Report on sanitation, dispensaries, and jails in Rajputana for 1916, and on vaccination for the year 1916-1917 - 1916-1917
Year: 1916
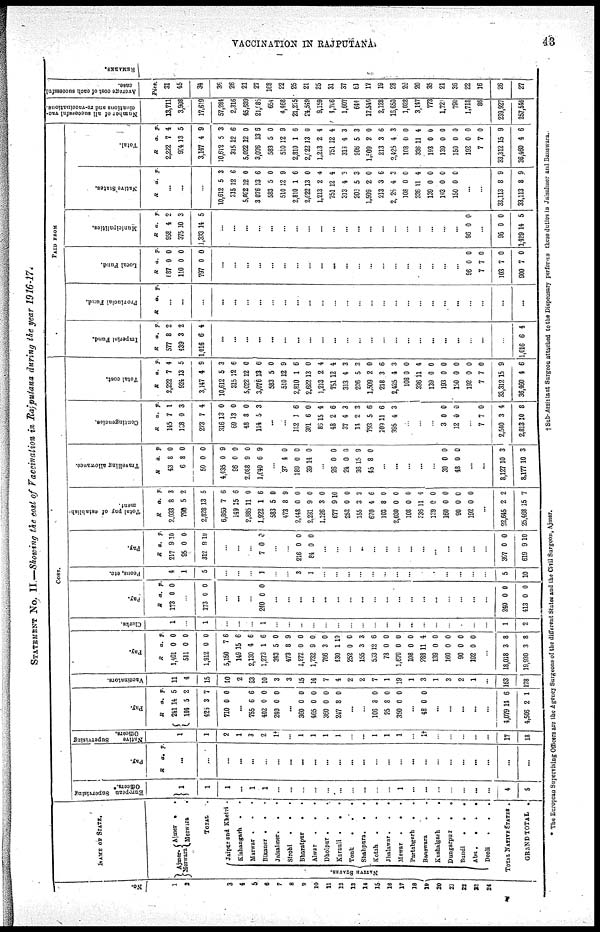
VACCINATION IN RAJPUTANA.
43
STATEMENT No. II.—Showing the cost of Vaccination in Rajputana during the year 1916-17.
No.
1
2
3
4
5
6
7
8
9
10
11
12
13
14
15
16
17
18
19
20
21
22
23
24
NAME OF STATE.
Ajmer¬
Merwara
Ajmer . .
Merwara.
TOTAL.
NATIVE STAES.
Jaipur and Khetri .
Kishangarh . .
Marwar . . .
Bikaner . . .
Jaisalmer .
. .
Sirohi . . .
Bharatpur . . .
Alwar. . .
Dholpur . . .
Karauli
.
.
.
Tonk . . .
Shahpura . . .
Katah . . .
Jhlawar . . .
Mowar . . .
Partabgarh . . .
Banawra . . .
Kushalgarh . . .
Dungarpur . . .
Bundi
.
.
.
Abu . . .
Deoli . . .
TOTAL NATIVE STATES.
GRAND TOTAL.
COST.
European Supervising
Officers.*
1
1
1
...
1
1
...
...
...
...
...
...
...
...
...
...
1
...
...
...
...
...
...
...
4
5
Pay.
R a. p.
...
...
...
...
...
...
...
...
...
...
...
...
...
...
...
...
...
...
...
...
...
...
...
...
...
...
Native
Supervising
Officers.
1
1
2
1
3
2
1†
...
1
1
1
1
...
...
1
1
1
...
1†
...
...
...
...
...
17
18
Pay.
R
241
184
425
710
a.
14
5
3
0
p.
5
2
0
...
755
402
240
6
0
0
6
0
0
...
360
465
360
247
0
0
0
8
0
0
0
0
...
...
106
25
350
8
8
0
0
0
0
...
43 0 0
...
...
...
...
..
4,079
4,506
14
2
6
1
Vaccinators.
11
4
15
40
2
23
10
3
3
15
14
7
4
2
2
7
1
19
1
3
1
3
2
1
...
163
178
Pay.
R
1,401
511
1,912
5,150
149
2,130
1,273
343
473
1,672
1,732
766
430
252
155
533
73
1,670
108
288
139
160
90
192
a.
0
0
0
7
15
4
1
5
8
0
9
3
1
0
3
12
0
0
0
11
0
0
0
0
p.
0
0
0
6
6
6
6
0
9
0
0
0
10
0
3
6
0
0
0
4
0
0
0
0
...
18,018
19,930
3
3
8
8
Clerks.
1
...
1
...
...
...
1
...
...
...
...
...
...
...
...
...
...
...
...
...
...
...
...
...
...
1
2
Pay.
R
173
a.
0
p.
0
173 0 0
...
...
...
240 0 0
...
..
...
...
...
...
...
...
...
...
...
...
...
...
...
...
...
...
240
413
0
0
0
0
Poons, etc.
4
1
5
...
...
...
1
...
...
3
1
...
...
...
...
...
...
...
...
...
...
...
...
...
...
5
10
Pay.
R
217
95
312
a.
9
0
9
p.
10
0
10
...
...
...
7 0 0
...
...
216
84
0
0
0
0
...
...
...
...
...
...
...
...
...
...
...
...
...
...
307
619
0
9
0
10
Total pay
of establish-
ment.
R
2,033
790
2,828
6,860
149
2,885
1.922
583
473
2,448
2,281
1,126
677
252
155
670
103
2,030
108
336
139
160
90
192
...
22,645
25,468
a.
8
5
13
7
15
11
1
5
8
0
9
3
91
0
3
4
8
0
0
11
0
0
0
0
2
15
p.
3
2
5
6
6
0
6
0
9
0
0
0
0
0
3
6
0
0
0
4
0
0
0
0
2
7
Travelling allowance.
R
43
6
50
4,435
96
2,088
1,040
a.
8
8
0
0
0
9
6
p.
0
0
0
9
0
0
9
...
37
180
39
4
0
14
0
0
0
...
26
24
36
45
0
0
15
8
0
0
9
0
...
...
...
...
...
30
48
...
0
0
0
0
...
8,127
8,177
10
10
3
3
Contingencies.
R
145
128
273
316
69
48
114
a.
7
0
7
13
13
8
9
p.
1
3
4
0
0
0
3
...
...
182
301
86
48
37
14
793
109
395
1
6
15
2
4
2
5
11
4
6
0
4
6
3
3
6
6
3
...
...
...
3
12
7
2,540
2,813
0
0
7
3
10
0
0
0
4
8
Total cost.
R
2,222
924
3,147
10,612
315
5,022
3,076
583
510
2,810
2,622
1,213
751
313
206
1,509
218
2,425
108
336
139
193
150
192
7
33,312
36,460
a.
7
13
4
5
12
12
13
5
12
1
13
2
12
4
5
2
3
4
0
11
0
0
0
0
7
15
4
p.
4
5
9
3
6
0
6
0
9
6
0
4
4
3
3
0
6
3
0
4
0
0
0
0
0
9
6
PAID FROM
Imperial Fund.
R
577
439
1,016
a.
8
3
6
p.
2
2
4
...
...
...
...
...
...
...
...
...
...
...
...
...
...
...
...
...
...
...
...
...
...
...
1,016 6 4
Provincial Fund.
R
a. p.
...
...
...
...
...
...
...
...
...
...
...
...
...
...
...
...
...
...
...
...
...
...
...
...
...
...
...
Local Fund.
R
187
110
797
a.
0
0
0
p.
0
0
0
...
...
...
...
...
...
...
...
...
...
...
...
...
...
...
...
...
...
...
...
96
7
103
900
0
7
7
7
0
0
0
0
Municipalities.
R
958
375
1,333
a.
4
10
14
p.
2
3
5
...
...
...
...
...
...
...
...
...
...
...
...
...
...
...
...
...
...
...
...
96 0 0
...
96
1,429
0
14
0
5
Native States.
R
a. p.
...
...
...
10,612
315
5,022
3,076
583
510
2,810
2,622
1,213
751
313
203
1,509
213
2, 25
108
336
139
193
150
5
12
12
13
5
12
1
13
2
12
4
5
2
3
4
0
11
0
0
0
3
6
0
6
0
9
6
0
4
4
3
3
0
6
3
0
4
0
0
0
...
...
33,113
33,113
8
8
9
9
Total.
R
2,222
974
3,147
10,613
315
5,022
3,076
583
510
2,810
2,622
1,213
751
313
206
1,509
213
2,425
108
336
193
139
150
192
7
33,312
36,460
a.
7
13
4
5
12
12
13
5
12
1
13
2
12
4
5
2
3
4
0
11
0
0
0
0
7
15
4
p.
4
5
9
3
6
0
6
0
9
6
0
4
4
3
3
0
6
3
0
4
0
0
0
0
0
9
6
Number
of all saccessful vac-
cinations
and re-vaccinatio
13,711
3,908
17,6*9
57,284
2,316
45,639
21,985
654
4,468
21,275
24,549
9,159
4,766
1,607
644
17,519
2,128
16,650
1,028
3,147
773
1,721
799
1,716
86
239,927
257,546
Avernge cost of cach successful
case.
Pies.
31
45
34
36
26
21
27
188
22
25
21
25
31
37
61
17
19
28
29
20
35
21
36
22
16
26
27
REMARKS.
* The European Supervising Officers are the Agency Surgeong of the different States and the Civil Surgeon, Ajmer.
† Sub-Assistant Surgeon attached to the Dispensary performs these duties in Jaisalmer and Banswara.
I